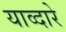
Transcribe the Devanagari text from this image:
याव्दारे